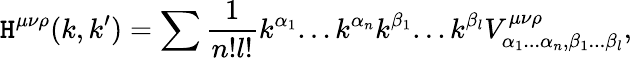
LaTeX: \mathtt{H}^{\mu\nu\rho}(k,k^{\prime})=\sum\frac{{1}}{{n!l!}}k^{\alpha_{1}}...k^{\alpha_{n}}k^{\beta_{1}}...k^{\beta_{l}}V_{\alpha_{1}...\alpha_{n},\beta_{1}...\beta_{l}}^{\mu\nu\rho},